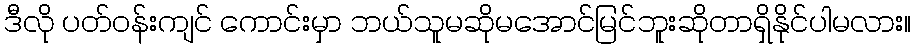
ဒီလို ပတ်ဝန်းကျင် ကောင်းမှာ ဘယ်သူမဆိုမအောင်မြင်ဘူးဆိုတာရှိနိုင်ပါမလား။